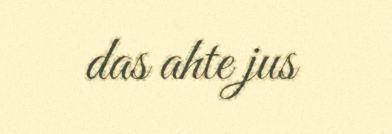
das ahte jus